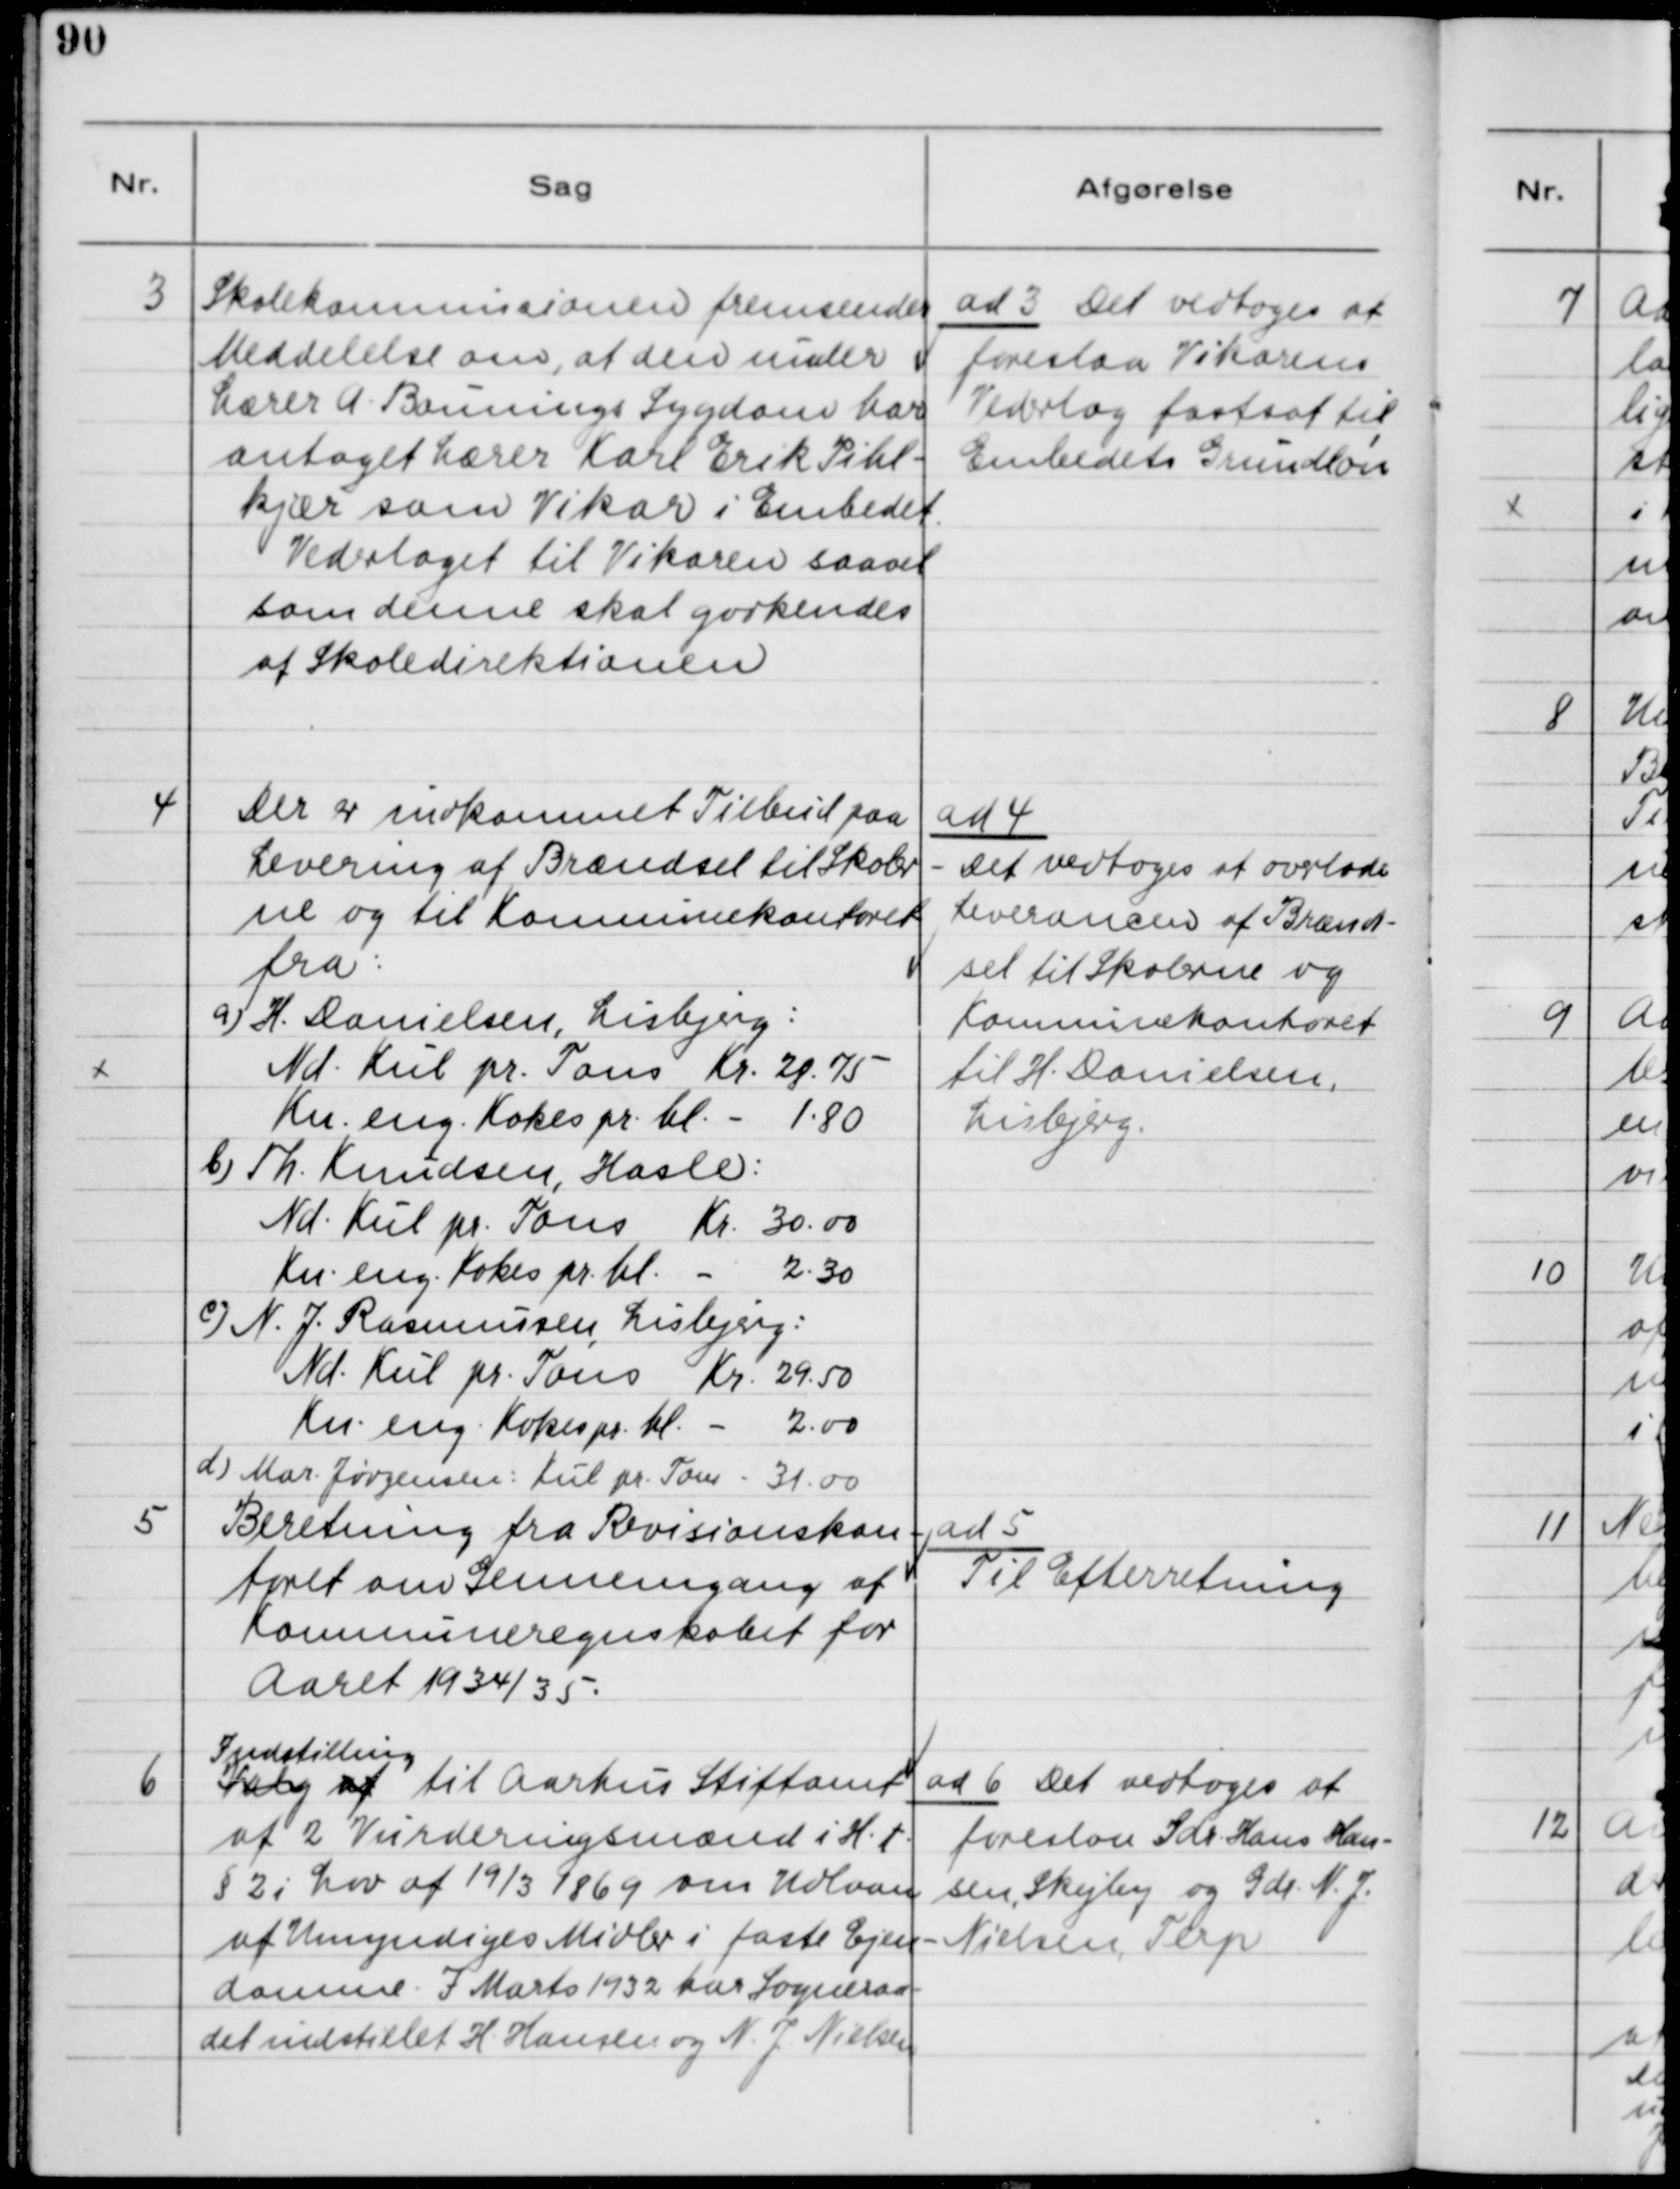
Transskription:
3

Skolekommissionen fremsender 
Meddelelse om, at den under 
Lærer A. Baunings Sygdom har
antaget Lærer Karl Erik Pihl-
kjær som Vikar i Embedet.
Vederlaget til Vikaren saavel 
som denne skal godkendes
af Skoledirektionen.

ad 3 Det vedtoges at
foreslaa Vikarens
Vederlag fastsat til 
Embedets Grundløn

4

Der er indkommet Tilbud paa
Levering af Brændsel til Skoler-
ne og til Kommunekontoret
fra:
a) H. Danielsen, Lisbjerg:
Nd. Kul pr. Tons Kr. 28.75
Ku. eng. Kokes pr. hl. - 1.80
b) Th. Knudsen, Hasle:
Nd. Kul pr. Tons Kr. 30.00
Ku. eng. Kokes pr. hl. - 2.30
c) N. J. Rasmussen, Lisbjerg:
Nd. Kul pr. Tons Kr. 29.50
Ku. eng. Kokes pr. hl. - 2.00
d) Mar. Jørgensen: Kul pr. Tons - 31.00

ad 4
Det vedtoges at overlade
Leverancen af Brænd-
sel til Skolerne og
Kommunekontoret
til H. Danielsen,
Lisbjerg.

5

Beretning fra Revisionskon-
toret om Gennemgang af
Kommuneregnskabet for
Aaret 1934/35.

ad 5
Til Efterretning

6

Indstilling 
Valg af  til Aarhus Stiftamt
af 2 Vurderingsmænd i H.t. 
§2 i Lov af 19/3 1869 om Udlaan 
af Umyndiges Midler i faste Ejen-
domme. I Marts 1932 har Sogneraa-
det indstillet H. Hansen og N. J. Nielsen.

ad 6.  Det vedtoges at
foreslaa Gdr. Hans Han-
sen, Skejby og Gdr. N. J.
Nielsen, Terp